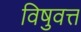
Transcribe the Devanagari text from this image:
विषुवत्त